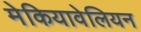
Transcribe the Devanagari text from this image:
मेकियावेलियन